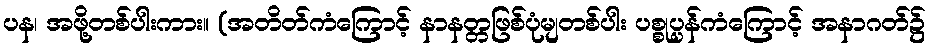
ပန၊ အဖို့တစ်ပါးကား။ (အတိတ်ကံကြောင့် နာနတ္တဖြစ်ပုံမျတစ်ပါး ပစ္စုပ္ပန်ကံကြောင့် အနာဂတ်၌